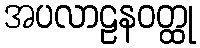
အပလာဠနဝတ္ထု